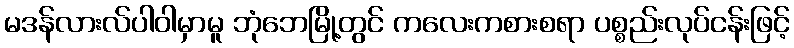
မဒန်လားလ်ပါဝါမှာမူ ဘုံဘေမြို့တွင် ကလေးကစားစရာ ပစ္စည်းလုပ်ငန်းဖြင့်